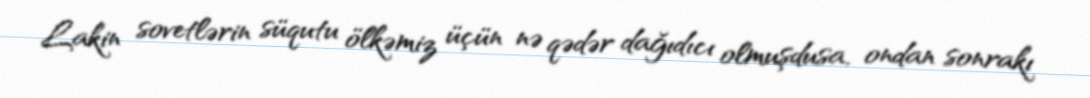
Lakin sovetlərin süqutu ölkəmiz üçün nə qədər dağıdıcı olmuşdusa, ondan sonrakı